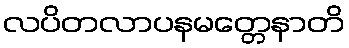
လပိတလာပနမတ္တေနာတိ